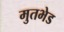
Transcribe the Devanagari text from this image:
मुतभेड